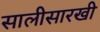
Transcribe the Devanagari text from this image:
सालीसारखी